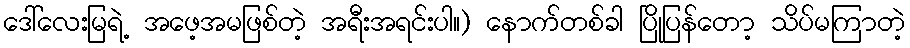
ဒေါ်လေးမြရဲ့ အဖေ့အမဖြစ်တဲ့ အရီးအရင်းပါ။) နောက်တစ်ခါ ပြိုပြန်တော့ သိပ်မကြာတဲ့